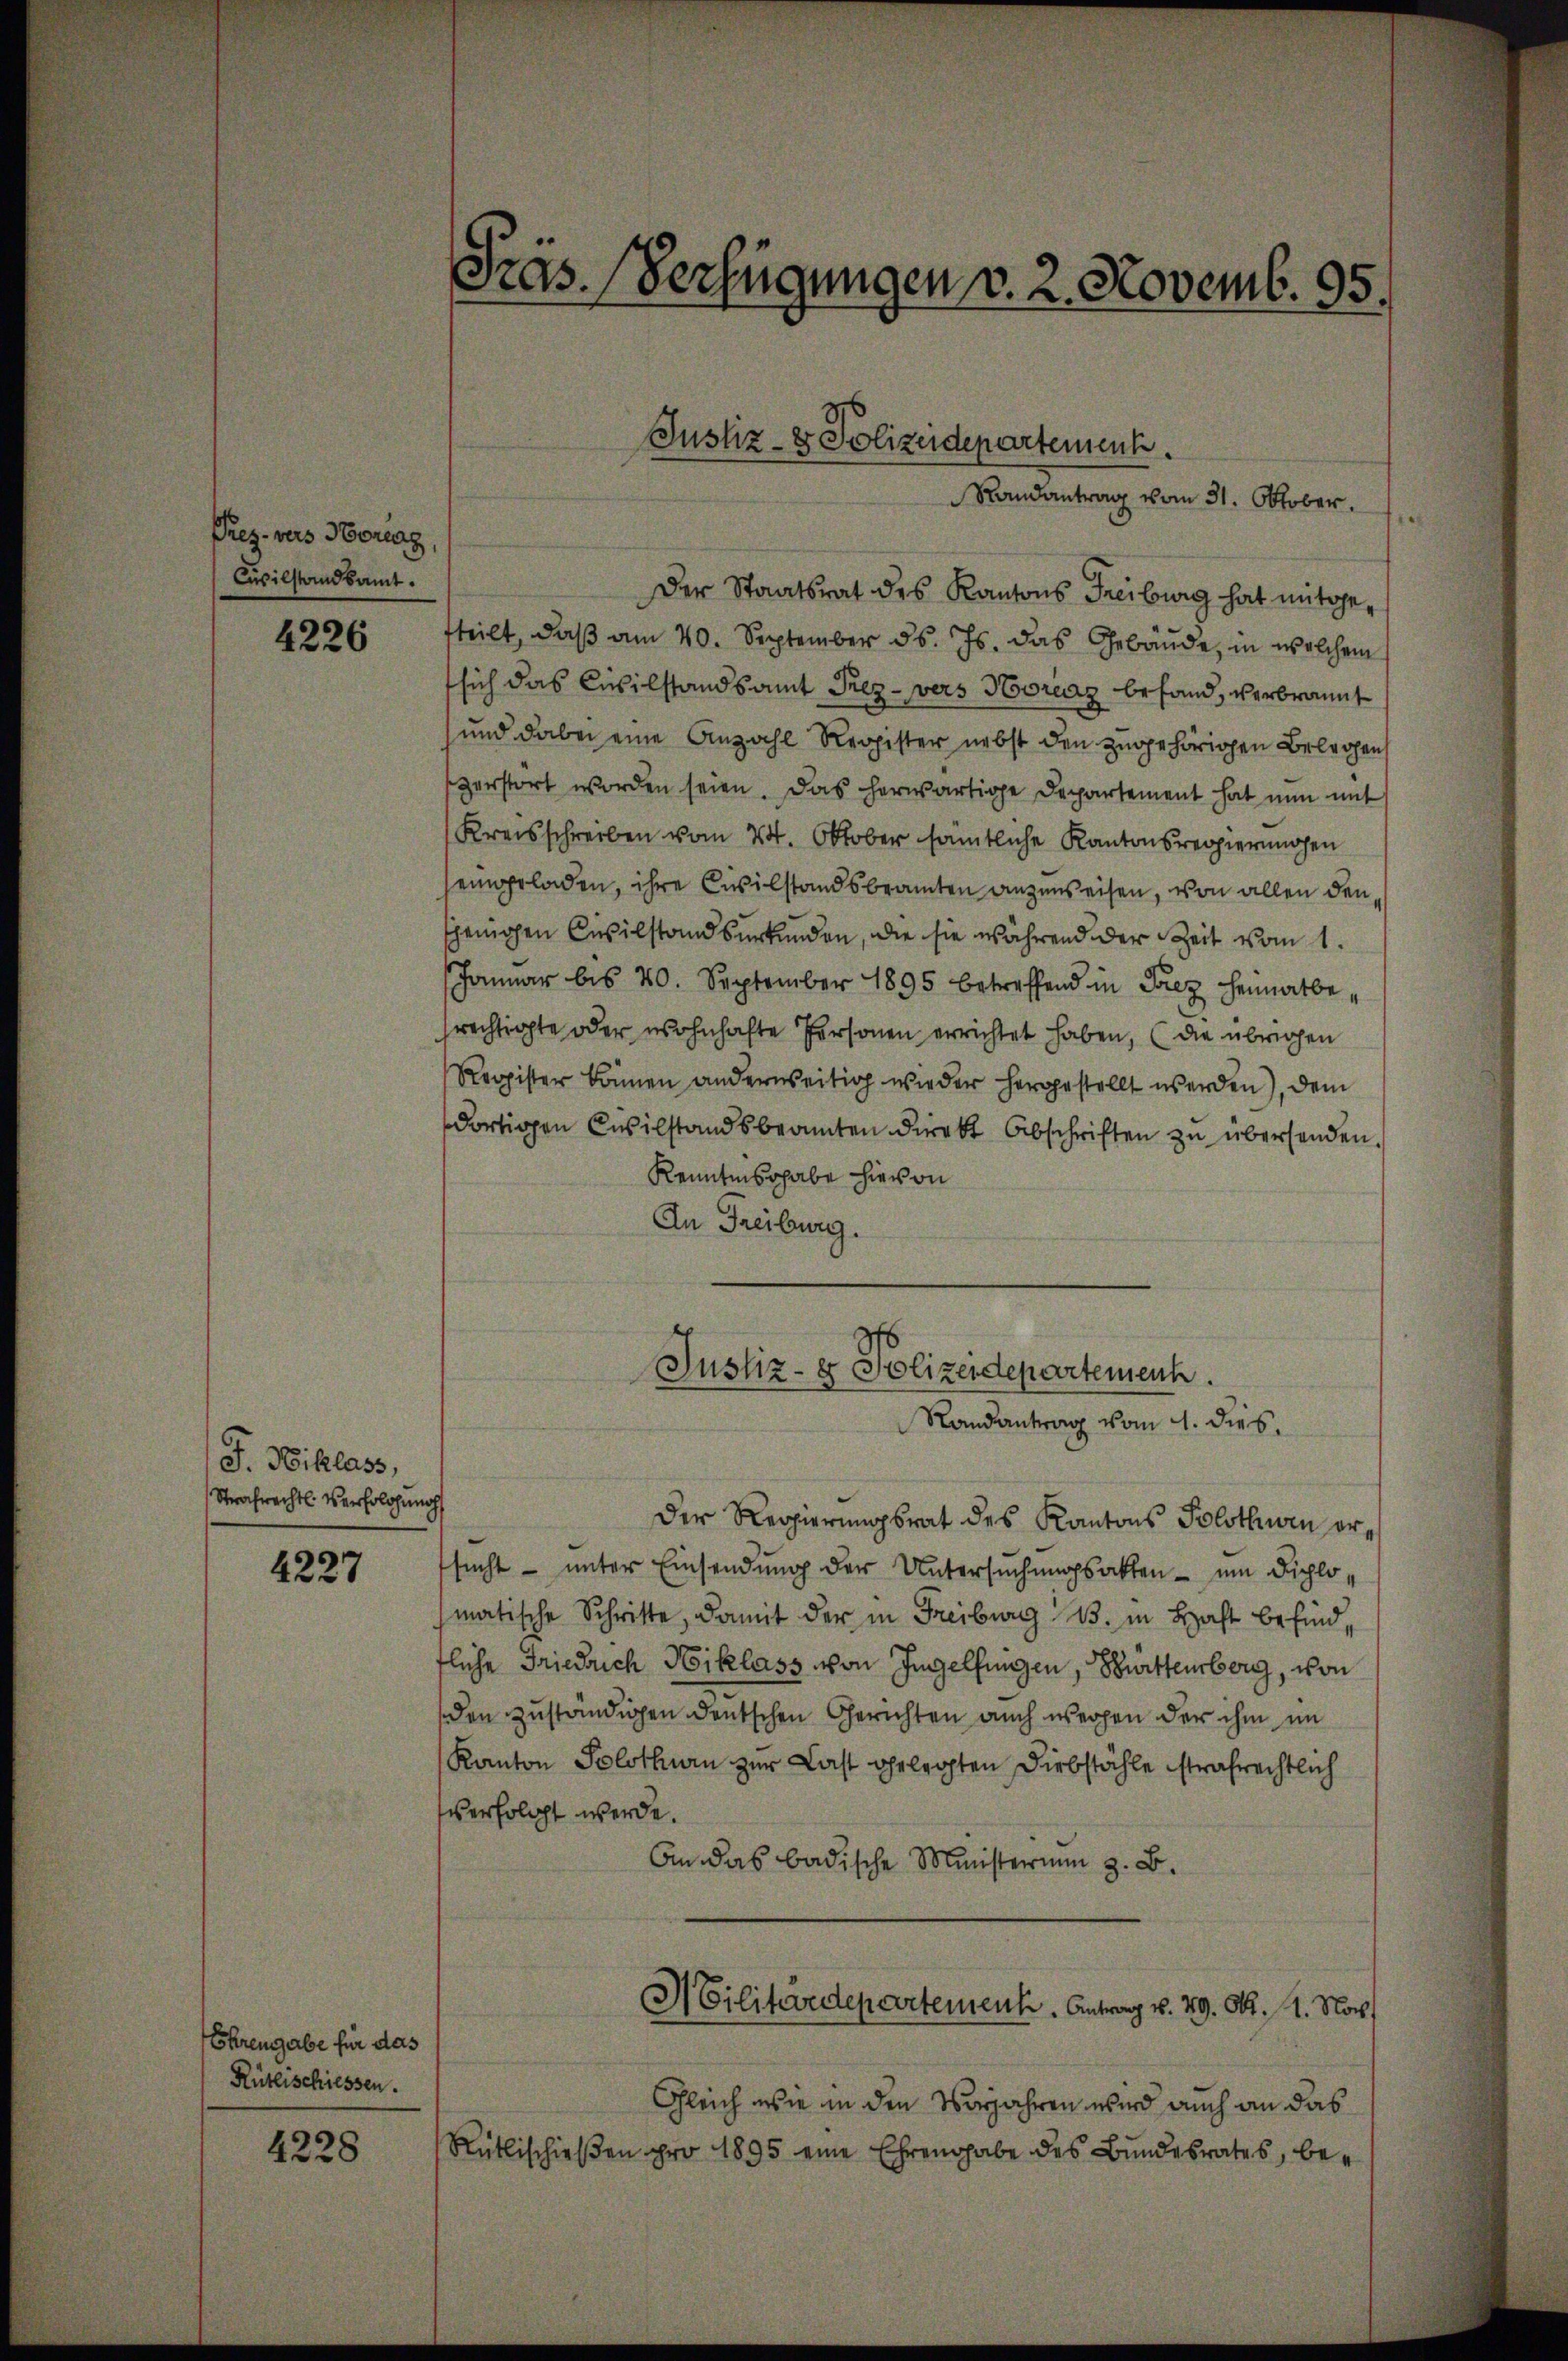
Prez. vers Horenz,
Civilstandsamt.

4226

F. Niklass,
Strafrecht. Versoldung

4227

Ehrengabe für das
Rütlischiessen.

4228

Der Staatsrat des Kantons Freiburg hat mitgefteilt, daß am 20. September d. Js. das Gebäude, in welchem
tsich das Civilstandsamt Prez-vers Horenz befand, verbrannt
und dabei eine Anzahl Register nebst den zugehörigen Belegen
zerstört worden seien. Das herwärtige Departement hat nun mit s
Kreisschreiben vom 24. Oktober sämtliche Kantonsregierungen
eingeladen, ihre Civilstandsbeamten anzuweisen, von allen densjenigen Civilstandsurkunden, die sie während der Zeit vom 1.
Januar bis 20. September 1895 betreffend in Fez heimatberechtigte oder wohnhafte Personen errichtet haben, (die übrigen
Register können anderweitig wieder hergestellt werden), dem
dortigen Civilstandsbeamten direkt Abschriften zu übersenden.
Kenntnis habe hievon
An Freiburg.

Pras. Verfügungen v. 2. Novemb. 95.

Der Regierungsrat des Kantons Solothwen ersucht – unter Einsendung der Untersuchungsakten - um Dichlomatische Schritte, damit der in Freiburg B. in Haft befind,
fliche Friedrich Niklass von Ingelfingen, Burttemberg, von
den zuständigen deutschen Gerichten auch wegen der ihm im
Kanton Solothurn zur Last gelegten Diebstähle strafrechtlich
verfolgt werde.
An das badische Ministerium z. B.
Militärdepartement. Antrag v. 29. Okt. 1. Noch
Gleich wie in den Vorjahren wird auch an das
Rütlischieβen pro 1895 eine Ehrengabe des Bundesrates, be¬

Justiz- & Polizeidepartement.
Randantrag vom 31. Oktober.

Justiz- & Polizeidepartemenh
Randantrag vom 4. dies